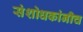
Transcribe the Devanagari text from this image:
संशोधकांनीच